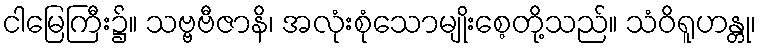
ငါမြေကြီး၌။ သဗ္ဗဗီဇာနိ၊ အလုံးစုံသောမျိုးစေ့တို့သည်။ သံဝိရူဟန္တု၊